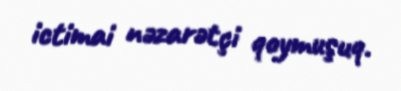
ictimai nəzarətçi qoymuşuq.